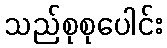
သည်စုစုပေါင်း